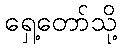
ရှေ့တော်သို့